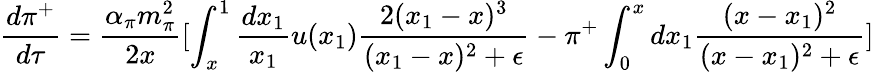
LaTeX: \frac{d\pi^{+}}{d\tau}=\frac{\alpha_{\pi}m_{\pi}^{2}}{2x}{[\int_{x}^{1}\frac{dx_{1}}{x_{1}}u(x_{1})\frac{2(x_{1}-x)^{3}}{(x_{1}-x)^{2}+\epsilon}-\pi^{+}\int_{0}^{x}dx_{1}\frac{(x-x_{1})^{2}}{(x-x_{1})^{2}+\epsilon}]}